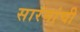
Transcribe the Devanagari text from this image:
सारंगांची